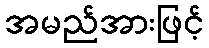
အမည်အားဖြင့်